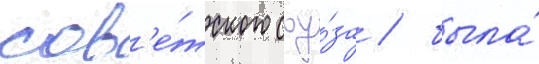
сов'е́тского соу́за / была́